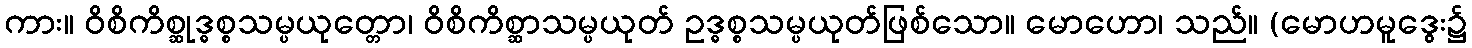
ကား။ ဝိစိကိစ္ဆုဒ္ဓစ္စသမ္ပယုတ္တော၊ ဝိစိကိစ္ဆာသမ္ပယုတ် ဥဒ္ဓစ္စသမ္ပယုတ်ဖြစ်သော။ မောဟော၊ သည်။ (မောဟမူဒွေး၌